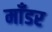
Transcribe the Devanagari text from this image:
माँडर